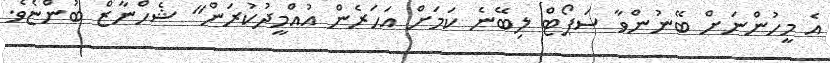
އެ މީހުންނަށް ބޭނުންވާ ސަޕޯޓް ލިބޭނެ ކަމަށް އަހަރެން އުއްމީދުކުރަން" ޝެހްނާޒް ބުންޏެވެ.